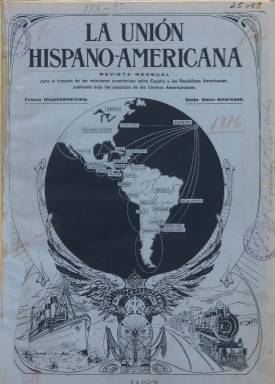
Título: La Unión Hispano-Americana
Otros títulos: Unión Hispanoamericana
Colección: Cultura
Ámbito geográfico: Madrid
Lugar de publicación: Madrid
Fechas: 11/11/1916-30/06/1923

Revista mensual “para el fomento de las relaciones económicas entre España y las Repúblicas Americanas”, publicada “bajo los auspicios de los centros americanistas” el Centro de Cultura Hispanoamericana y la Unión Íbero-Americana, entidades presididas por los senadores Luis Palomo y Ruiz (1860-1932) y Faustino Rodríguez San Pedro (1833-1925), respectivamente. Comienza a publicarse en Madrid el 11 de noviembre de 1916, siendo su primer director el jurista, hispanista y exiliado exministro mexicano radicado en España Rodolfo Reyes Ochoa (1878-1954). Será una publicación ilustrada con numerosos fotograbados de actualidad, ocupando la portada de su primera entrega el retrato de escritor y entonces senador Rafael María Labra (1840-1918), considerado “el patriarca del americanismo” en España, a la vez que indica que será su colaborador de “honor”.

En su programa editorial, se arguye que “el periodo lírico del americanismo ha pasado”, que España “debe buscar por todos los medios una aproximación con las Américas” y que “el acercamiento más urgente es el económico y mercantil”. Se añade como utilidad de la revista que los comerciantes españoles puedan encontrar en ella datos sobre las riquezas e industrias americanas, y los americanos puedan obtener una idea completa de lo que ofrece España. Para ello se propone contar con las “plumas más prestigiadas” en los diferentes asuntos a tratar, citando entre ellos el turismo cultural español. Al mismo tiempo aspira a ser órgano de los intereses “de las colonias americanas radicadas en España”, poniendo a disposición de sus miembros las páginas de la revista.

Sus entregas, que aparecerán el once de cada mes, acompañadas de una cubierta ilustrada, generalmente, de dieciséis páginas cada una y compuestas a dos columnas, empezarán a ser estampadas -en papel cuché- en la Imprenta y Litografía de J. Palacios. Tratará asuntos de economía, industria, comercio, transportes, materias primas, política, diplomacia, proyectos internacionales o inmigración, y elabora el correspondiente sumario en cada entrega.

Tiene secciones con los epígrafes Cosas del momento (notas de actualidad política, arte, literatura, poesía), y Crónicas rápidas, firmadas por Julián de Torresano. Así mismo, publica informes diplomáticos y consulares, facilitados por el Centro de Información Comercial del Ministerio de Estado, e información oficial de los distintos países procedente de la Unión Panamericana.

También inserta publicidad comercial, como la de compañías trasatlánticas, así como de las publicaciones que edita el mismo Centro de Cultura Hispanoamericana, o la del propio bufete jurídico para asuntos americanos que el doctor Reyes, junto a José de Cáceres, establece en Madrid. La propia revista también monta su propia oficina de información para las relaciones comerciales entre España y América.

Entre sus colaboradores se encuentran, además del doctor Reyes, que suele firmar a veces con sus iniciales R.R., Joaquín Sánchez de Toca, Manuel Atard, Antonio Millor, Luis Palomo, Federico Coll, el ingeniero J. Vásquez Montaño, A. Garcés, Andrés González Blanco o el Marqués de Corvera. Algunos textos son firmados con el seudónimo El Moro Muza.

La colección de este título en la Biblioteca Nacional de España es incompleta, correspondiendo sus entregas sólo a los años 1916, 1922 y 1923, siendo el número 80 el último, de junio de este año. Ya en 1922, su primera entrega (año 7º y tomo 6º, número 63), había iniciado una segunda época de la revista, siendo entonces impresa en la Tipografía Moderna y usando para su estampación las tintas de colores e incluso la cuatricromía. Desde entonces tendrá paginación continuada anual. Su subtítulo será ahora “revista mensual ilustrada” y más adelante “revista de información general”, componiéndose a tres columnas. A partir del número 70 (agosto de 1922), asume la dirección Rafael Álvarez. Por su parte, Rodolfo Reyes continuará encargado de la sección Hispanoamericana, y de la industrial se hace cargo el ingeniero y diputado Rafael Delgado Benítez. La publicación irá adoptando un estilo más parecido al magacín, con más contenidos de cultura general o de arte, además de a política y a asuntos financieros, económicos o militares, y con secciones de teatro, bibliografía, caricatura, grabado o la denominada El mes deportivo. También dedicará atención a los asuntos marroquíes.